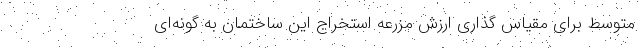
متوسط برای مقیاس گذاری ارزش مزرعه استخراج این ساختمان به گونه‌ای